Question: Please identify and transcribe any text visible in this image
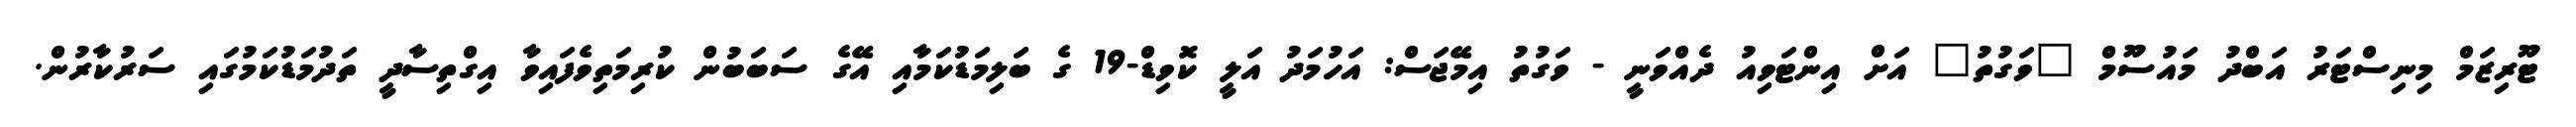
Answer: ޓޫރިޒަމް މިނިސްޓަރު އަބްދު މައުސޫމް "ވަގުތު" އަށް އިންޓަވިއު ދެއްވަނީ - ވަގުތު އިމޭޖަސް: އަހުމަދު އަލީ ކޮވިޑް-19 ގެ ބަލިމަޑުކަމާއި އޭގެ ސަބަބުން ކުރިމަތިވެފައިވާ އިގްތިސާދީ ތަދުމަޑުކަމުގައި ސަރުކާރުން.